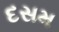
દસમ